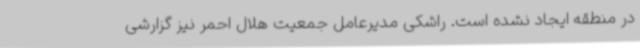
در منطقه ایجاد نشده است. راشکی مدیرعامل جمعیت هلال احمر نیز گزارشی